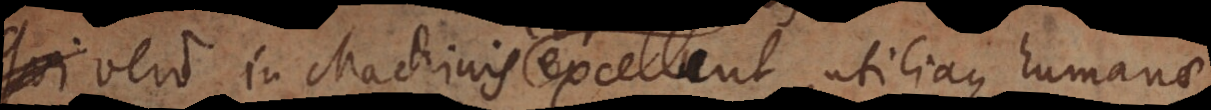
Qui vero in Machinis excellunt, utiliaque humanae